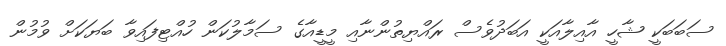
ސަބަބަކީ ޝާހީ އާއިލާއަކީ އަބަދުވެސް ރައްޔިތުންނާއި މީޑީއާގެ ސަމާލުކަން ހުއްޓިފައިވާ ބަޔަކަށް ވުމުން